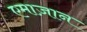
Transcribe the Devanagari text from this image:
एमाज़ान